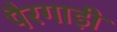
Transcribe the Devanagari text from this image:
पैरगाड़ी